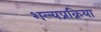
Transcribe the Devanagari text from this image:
शल्यप्रक्रिया